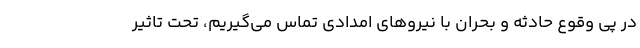
در پی وقوع حادثه و بحران با نیرو‌های امدادی تماس می‌گیریم، تحت تاثیر